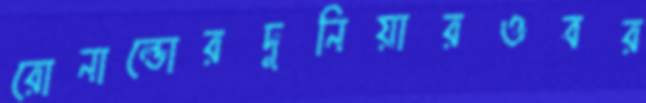
রোনাল্ডোরদুনিয়ারওবর